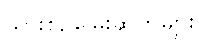
သားစဉ်မြေးဆက်များ